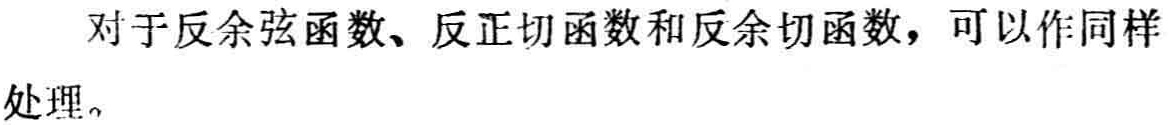
对于反余弦函数、反正切函数和反余切函数，可以作同样处理。